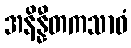
အနိန္နီတကသာဝံ